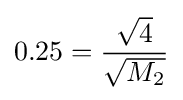
0.25={\frac {\sqrt {4}}{\sqrt {M_{2}}}}